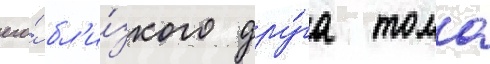
его́ бл'и́зкого дру́га тома